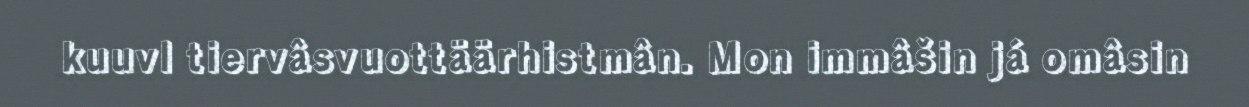
kuuvl tiervâsvuottäärhistmân. Mon immâšin já omâsin